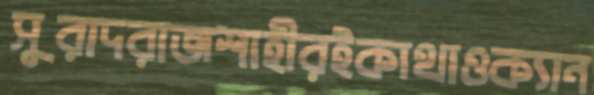
সুরাদরাজশাহীরইকাথাওক্যান